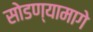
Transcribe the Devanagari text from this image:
सोडण्यामागे